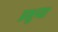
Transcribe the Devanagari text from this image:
प्रभुप्पा